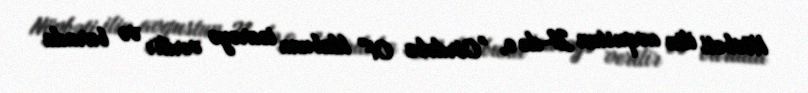
Növbəti ilin avqustun 21-də o, "Córdoba CF" klubuna icarəyə verilir və burada